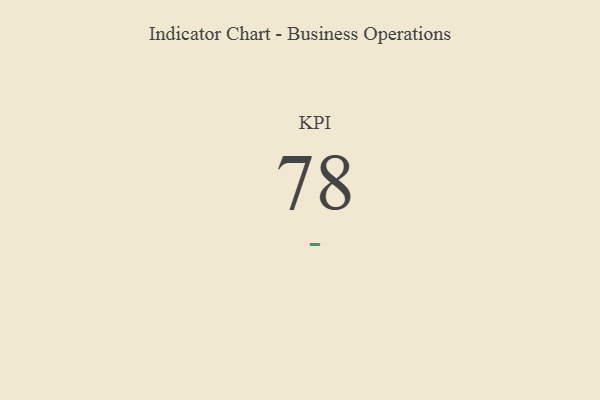
{"axis": {"x": "KPI", "y": "Value"}, "legend": [""], "data": [{"x": "KPI", "y": 78, "type": ""}]}